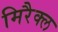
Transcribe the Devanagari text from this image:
मिरैक्ल